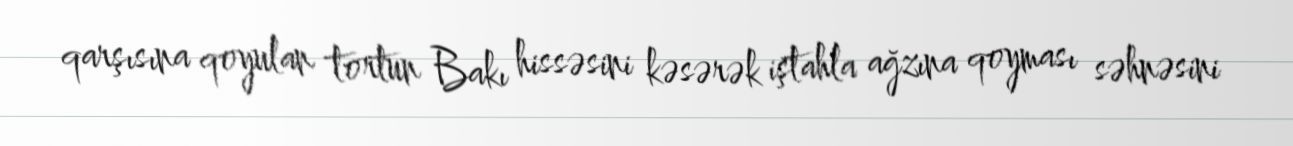
qarşısına qoyulan tortun Bakı hissəsini kəsərək iştahla ağzına qoyması səhnəsini